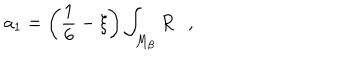
LaTeX: a _ { 1 } = \left( \frac 1 6 - \xi \right) \int _ { M _ { \beta } } R ,